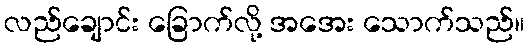
လည်ချောင်း ခြောက်လို့ အအေး သောက်သည်။